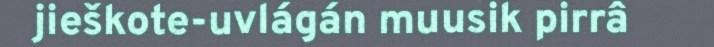
jieškote-uvlágán muusik pirrâ